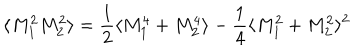
LaTeX: \langle M _ { 1 } ^ { 2 } M _ { 2 } ^ { 2 } \rangle = \frac { 1 } { 2 } \langle M _ { 1 } ^ { 4 } + M _ { 2 } ^ { 4 } \rangle - \frac { 1 } { 4 } \langle M _ { 1 } ^ { 2 } + M _ { 2 } ^ { 2 } \rangle ^ { 2 }